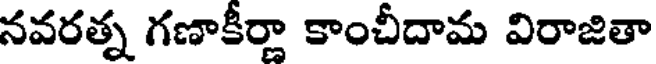
నవరత్న గణాకీర్ణా కాంచీదామ విరాజితా